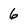
Character: 6